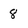
Character: 8